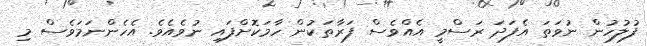
ފުލުހުން ނުވަތަ އެފަދަ ރަސްމީ އެއްވެސް ފަރާތަކުން ހާމަކޮށްފައި ނުވެއެވެ. އެހެންނަމަވެސް މި